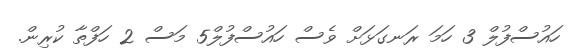
ހައުސްފުލް 3 ހަމަ ރަނގަޅަށް ވެސް ހައުސްފުލް5 މަސް 2 ހަފްތާ ކުރިން.